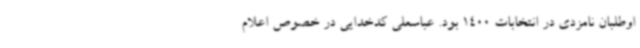
اوطلبان نامزدی در انتخابات 1400 بود. عباسعلی کدخدایی در خصوص اعلام